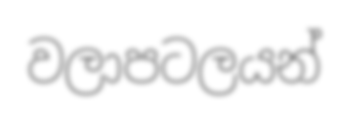
වලාපටලයන්